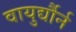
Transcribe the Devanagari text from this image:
वायुर्द्यौर्न